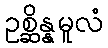
ဥစ္ဆိန္နမူလံ